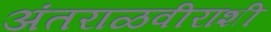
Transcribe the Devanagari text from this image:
अंतराळवीरांशी